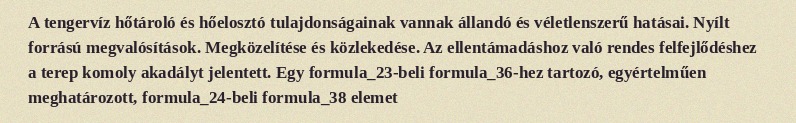
A tengervíz hőtároló és hőelosztó tulajdonságainak vannak állandó és véletlenszerű hatásai. Nyílt forrású megvalósítások. Megközelítése és közlekedése. Az ellentámadáshoz való rendes felfejlődéshez a terep komoly akadályt jelentett. Egy formula_23-beli formula_36-hez tartozó, egyértelműen meghatározott, formula_24-beli formula_38 elemet